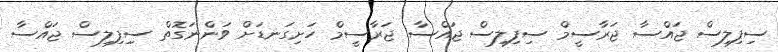
ސިފިލިސް ޖައްސާ ޖަރާސީމް ސިފިލިސް ޖައްސާ ޖަރާސީމް ހަށިގަނޑަށް ވަންނަގޮތް ސިިފިލިސް ޖައްސާ